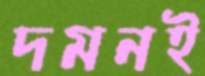
দমনই